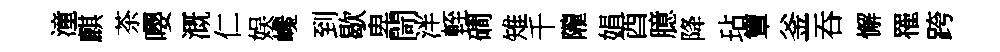
潼麒茶嚶溉仁娱巉到歇卑閜泮輊磵雉千隴娟酉臆降玷簟釜吞懈罹跨